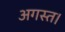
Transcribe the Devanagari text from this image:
अगस्त।